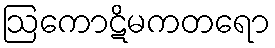
ဩကောဋိမကတရော